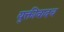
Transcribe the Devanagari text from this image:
युक्तीवादच